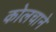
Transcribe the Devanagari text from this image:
कोलचाने